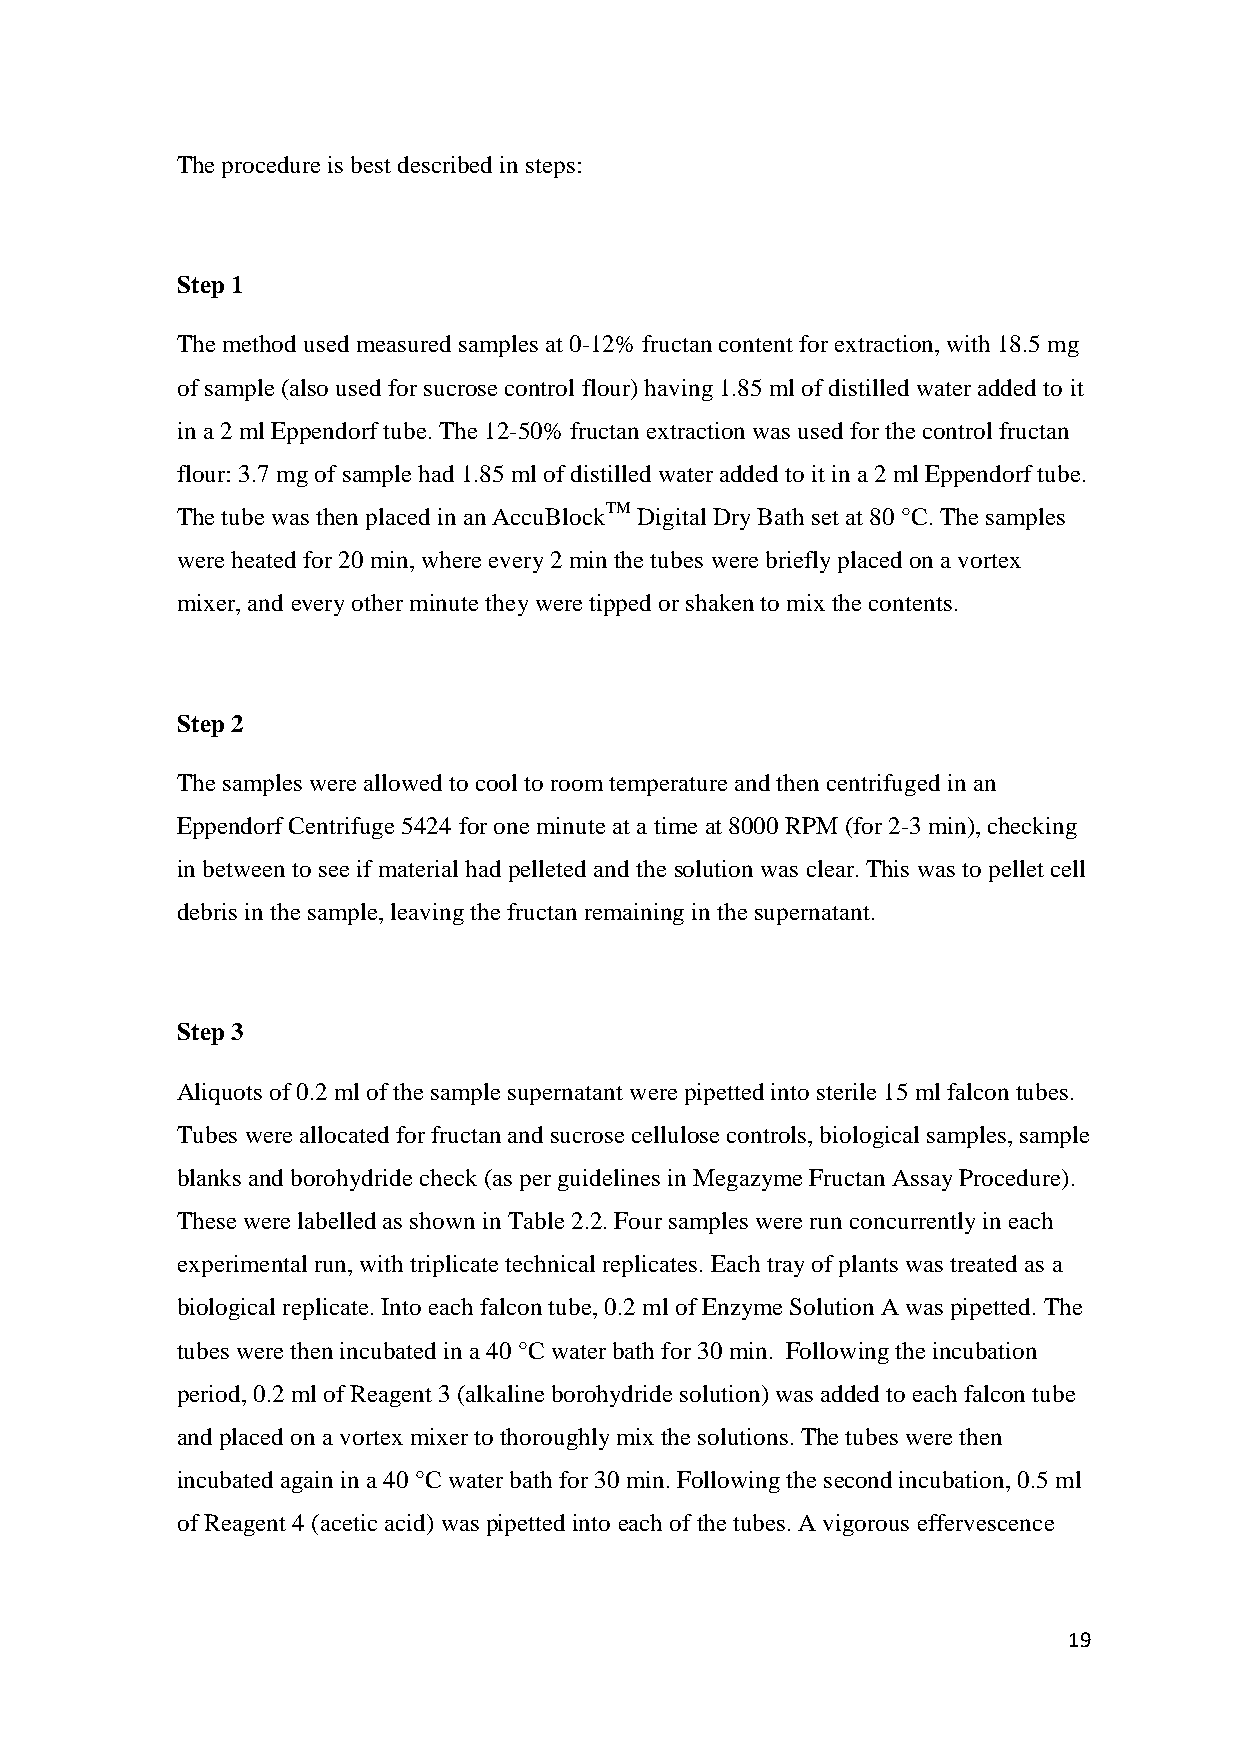
The procedure is best described in steps:
 Step 1
 The method used measured samples at 0-12% fructan content for extraction, with 18.5 mg
 of sample (also used for sucrose control flour) having 1.85 ml of distilled water added to it
 in a 2 ml Eppendorf tube. The 12-50% fructan extraction was used for the control fructan
 flour: 3.7 mg of sample had 1.85 ml of distilled water added to it in a 2 ml Eppendorf tube.
 The tube was then placed in an AccuBlockTM Digital Dry Bath set at 80 °C. The samples
 were heated for 20 min, where every 2 min the tubes were briefly placed on a vortex
 mixer, and every other minute they were tipped or shaken to mix the contents.
 Step 2
 The samples were allowed to cool to room temperature and then centrifuged in an
 Eppendorf Centrifuge 5424 for one minute at a time at 8000 RPM (for 2-3 min), checking
 in between to see if material had pelleted and the solution was clear. This was to pellet cell
 debris in the sample, leaving the fructan remaining in the supernatant.
 Step 3
 Aliquots of 0.2 ml of the sample supernatant were pipetted into sterile 15 ml falcon tubes.
 Tubes were allocated for fructan and sucrose cellulose controls, biological samples, sample
 blanks and borohydride check (as per guidelines in Megazyme Fructan Assay Procedure).
 These were labelled as shown in Table 2.2. Four samples were run concurrently in each
 experimental run, with triplicate technical replicates. Each tray of plants was treated as a
 biological replicate. Into each falcon tube, 0.2 ml of Enzyme Solution A was pipetted. The
 tubes were then incubated in a 40 °C water bath for 30 min. Following the incubation
 period, 0.2 ml of Reagent 3 (alkaline borohydride solution) was added to each falcon tube
 and placed on a vortex mixer to thoroughly mix the solutions. The tubes were then
 incubated again in a 40 °C water bath for 30 min. Following the second incubation, 0.5 ml
 of Reagent 4 (acetic acid) was pipetted into each of the tubes. A vigorous effervescence
 19